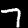
Digit: 7